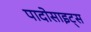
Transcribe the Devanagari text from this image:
पादोसाइट्स